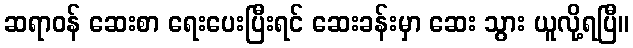
ဆရာဝန် ဆေးစာ ရေးပေးပြီးရင် ဆေးခန်းမှာ ဆေး သွား ယူလို့ရပြီ။